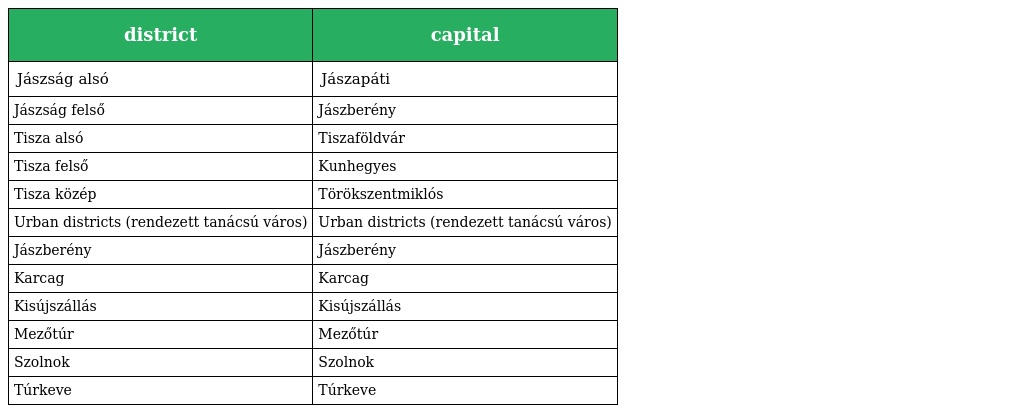
| district | capital |
 | --- | --- |
 | Jászság alsó | Jászapáti |
 | Jászság felső | Jászberény |
 | Tisza alsó | Tiszaföldvár |
 | Tisza felső | Kunhegyes |
 | Tisza közép | Törökszentmiklós |
 | Urban districts (rendezett tanácsú város) | Urban districts (rendezett tanácsú város) |
 | Jászberény | Jászberény |
 | Karcag | Karcag |
 | Kisújszállás | Kisújszállás |
 | Mezőtúr | Mezőtúr |
 | Szolnok | Szolnok |
 | Túrkeve | Túrkeve |